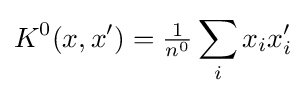
K^{0}(x,x')={\tfrac {1}{n^{0}}}\sum _{i}x_{i}x'_{i}